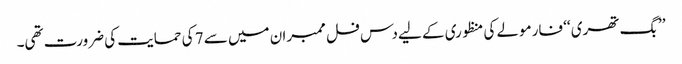
’’بگ تھری ‘‘ فارمولے کی منظوری کے لیے دس فل ممبران میں سے 7 کی حمایت کی ضرورت تھی۔